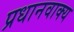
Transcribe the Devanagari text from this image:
प्रधानवाक्य